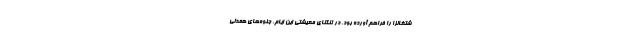
شتغالزا را فراهم آورده بود. در تنگنای معیشتی این ایام، جلوه‌های همدلی